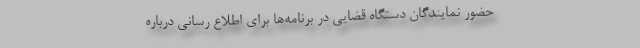
حضور نمایندگان دستگاه قضایی در برنامه‌ها برای اطلاع رسانی درباره